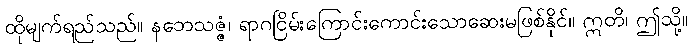
ထိုမျက်ရည်သည်။ နဘေသဇ္ဇံ၊ ရာဂငြိမ်းကြောင်းကောင်းသောဆေးမဖြစ်နိုင်။ ဣတိ၊ ဤသို့။